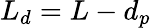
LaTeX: L_{d}=L-d_{p}